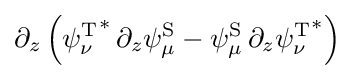
\partial _{z}\left({\psi _{\nu }^{\text{T}}}^{*}\,\partial _{z}\psi _{\mu }^{\text{S}}-{\psi _{\mu }^{\text{S}}}\,\partial _{z}{\psi _{\nu }^{\text{T}}}^{*}\right)